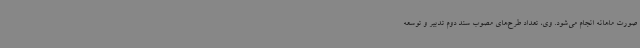
صورت ماهانه انجام می‌شود. وی، تعداد طرح‌های مصوب سند دوم تدبیر و توسعه